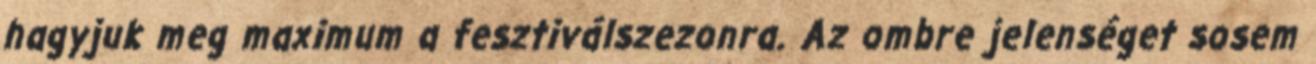
hagyjuk meg maximum a fesztiválszezonra. Az ombre jelenséget sosem